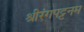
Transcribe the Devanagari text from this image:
श्रीरंगपट्टनम